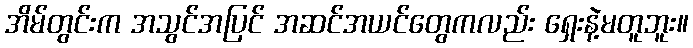
အိမ်တွင်းက အသွင်အပြင် အဆင်အယင်တွေကလည်း ရှေးနဲ့မတူဘူး။